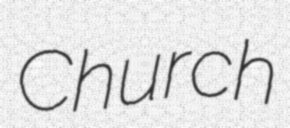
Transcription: Church